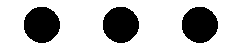
...